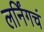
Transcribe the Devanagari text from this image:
लर्निंगचं